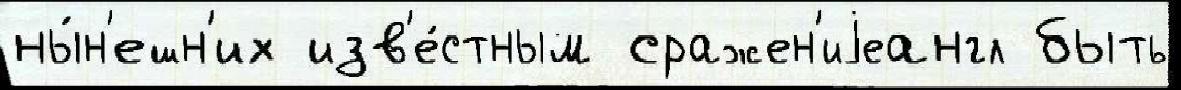
ны́н'ешн'их изв'е́стным сражен'иjеангл быть